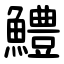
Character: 鱧